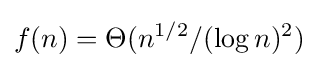
f(n)=\Theta (n^{1/2}/(\log n)^{2})